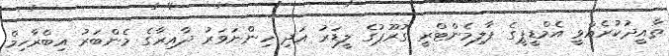
ތާއީދުކުރެއްވީ އެމްޑީޕީގެ ޕާލިމެންޓްރީ ގުރޫޕުގެ ލީޑަރު އަދި ހިންނަވަރު ދާއިރާގެ މެންބަރު އިބްރާހިމް